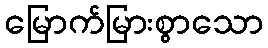
မြောက်မြားစွာသော